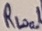
Text: RLoal